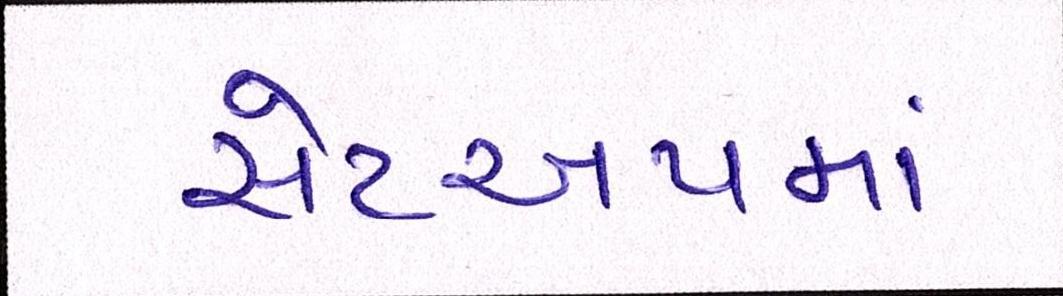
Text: સેટઅપમાં